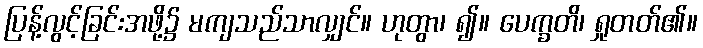
ပြန့်လွင့်ခြင်းအဖို့၌ မကျသည်သာလျှင်။ ဟုတွာ၊ ၍။ ပေက္ခတိ၊ ရှုတတ်၏။